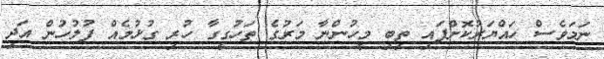
ނަމަވެސް ހައްޔަރުކޮށްފައި ތިބި މީހުންނާ މަރުގެ ތަހުގީގާ ހުރި ގުޅުމެއް ފުލުހުން އަދި